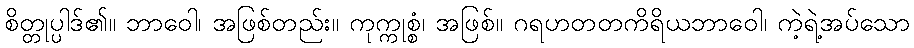
စိတ္တုပ္ပါဒ်၏။ ဘာဝေါ၊ အဖြစ်တည်း။ ကုက္ကုစ္စံ၊ အဖြစ်။ ဂရဟတတကိရိယဘာဝေါ၊ ကဲ့ရဲ့အပ်သော